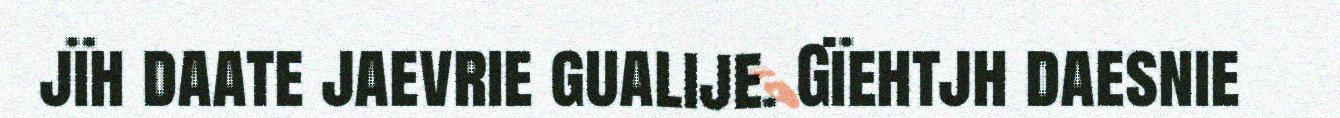
jïh daate jaevrie gualije. Gïehtjh daesnie